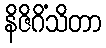
နိဇိဂိံသိတာ